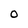
Character: O